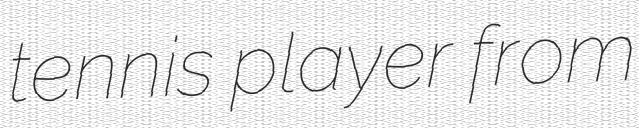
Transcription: tennis player from